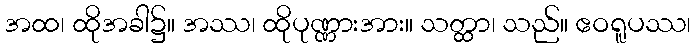
အထ၊ ထိုအခါ၌။ အဿ၊ ထိုပုဏ္ဏားအား။ သတ္ထာ၊ သည်။ ဧဝရူပဿ၊